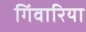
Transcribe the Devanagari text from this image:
गिंवारिया